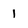
Character: 1